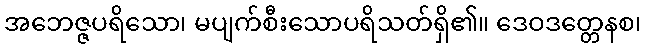
အဘေဇ္ဇပရိသော၊ မပျက်စီးသောပရိသတ်ရှိ၏။ ဒေဝဒတ္တေနစ၊